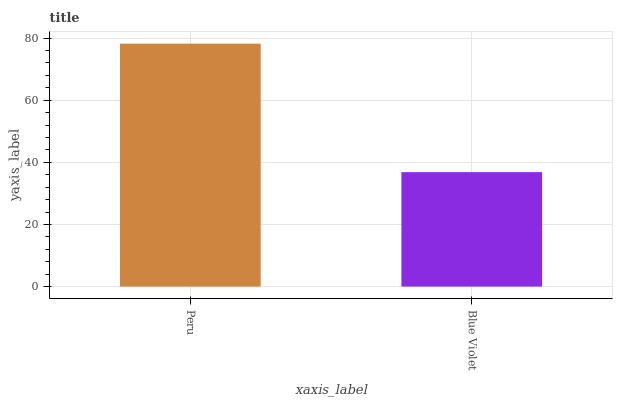
| xaxis_label | bars |
 | --- | --- |
 | Peru | 78.2 |
 | Blue Violet | 36.9 |